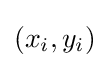
({x}_{i},{y}_{i})